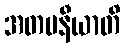
အတပနီယာတိ